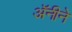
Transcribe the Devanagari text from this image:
अॅनीने